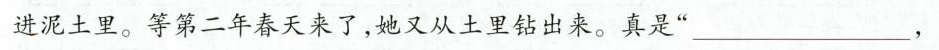
进泥土里。等第二年春天来了，她又从土里钻出来。真是”___，